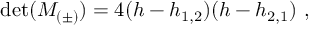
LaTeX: \operatorname * { d e t } ( { \cal M } _ { ( \pm ) } ) = 4 ( h - h _ { 1 , 2 } ) ( h - h _ { 2 , 1 } ) { } ~ ,